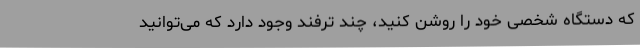
که دستگاه شخصی خود را روشن کنید، چند ترفند وجود دارد که می‌توانید